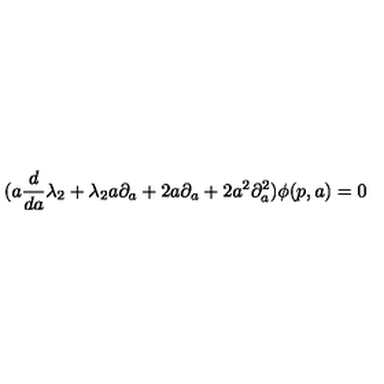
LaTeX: ( a \frac { d } { d a } \lambda _ { 2 } + \lambda _ { 2 } a \partial _ { a } + 2 a \partial _ { a } + 2 a ^ { 2 } \partial _ { a } ^ { 2 } ) \phi ( p , a ) = 0